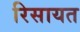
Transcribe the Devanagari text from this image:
रिसायत